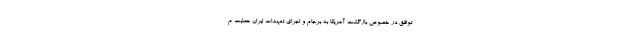
توافق در خصوص بازگشت آمریکا به برجام و اجرای تعهدات ایران حمایت م